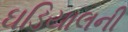
ઘડિયાલની